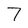
Character: 7